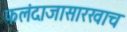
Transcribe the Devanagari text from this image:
फलंदाजासारखाच